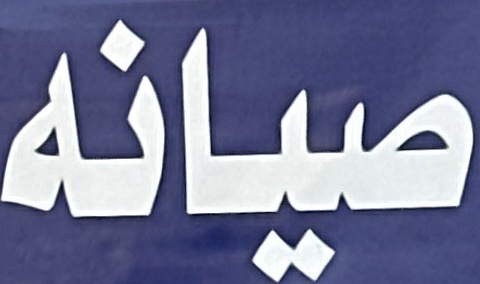
صيانه